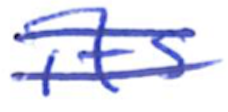
Text: its
Cross-out: double-line
Writing tool: ballpoint